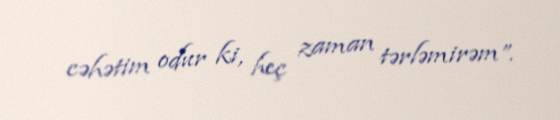
cəhətim odur ki, heç zaman tərləmirəm”.